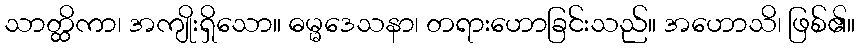
သာတ္ထိကာ၊ အကျိုးရှိသော။ ဓမ္မဒေသနာ၊ တရားဟောခြင်းသည်။ အဟောသိ၊ ဖြစ်၏။